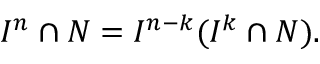
I ^ { n } \cap N = I ^ { n - k } ( I ^ { k } \cap N ) .